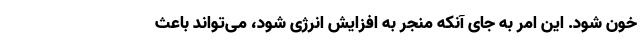
خون شود. این امر به جای آنکه منجر به افزایش انرژی شود، می‌تواند باعث